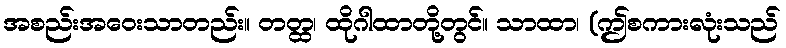
အစည်းအဝေးသာတည်း။ တတ္ထ၊ ထိုဂါထာတို့တွင်။ သာထာ၊ (ဤစကားလုံးသည်